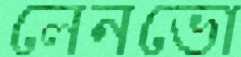
লেনভো